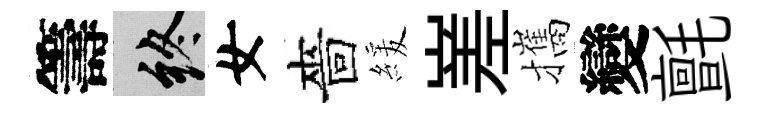
籌終女嗇緩嵳攜變氈